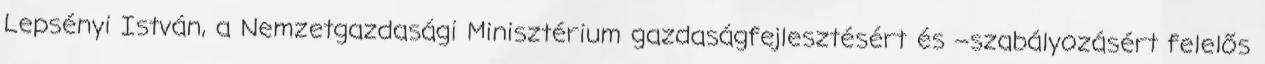
Lepsényi István, a Nemzetgazdasági Minisztérium gazdaságfejlesztésért és –szabályozásért felelős